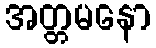
အတ္တမနော